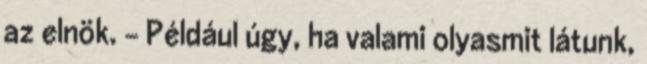
az elnök. – Például úgy, ha valami olyasmit látunk,